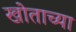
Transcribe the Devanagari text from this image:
खोताच्या